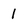
Character: 1